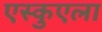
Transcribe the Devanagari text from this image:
एस्कुएला